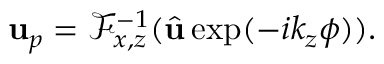
\mathbf { u } _ { p } = \mathcal { F } _ { x , z } ^ { - 1 } ( \hat { \mathbf { u } } \exp ( - i k _ { z } \phi ) ) .